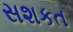
સશકત